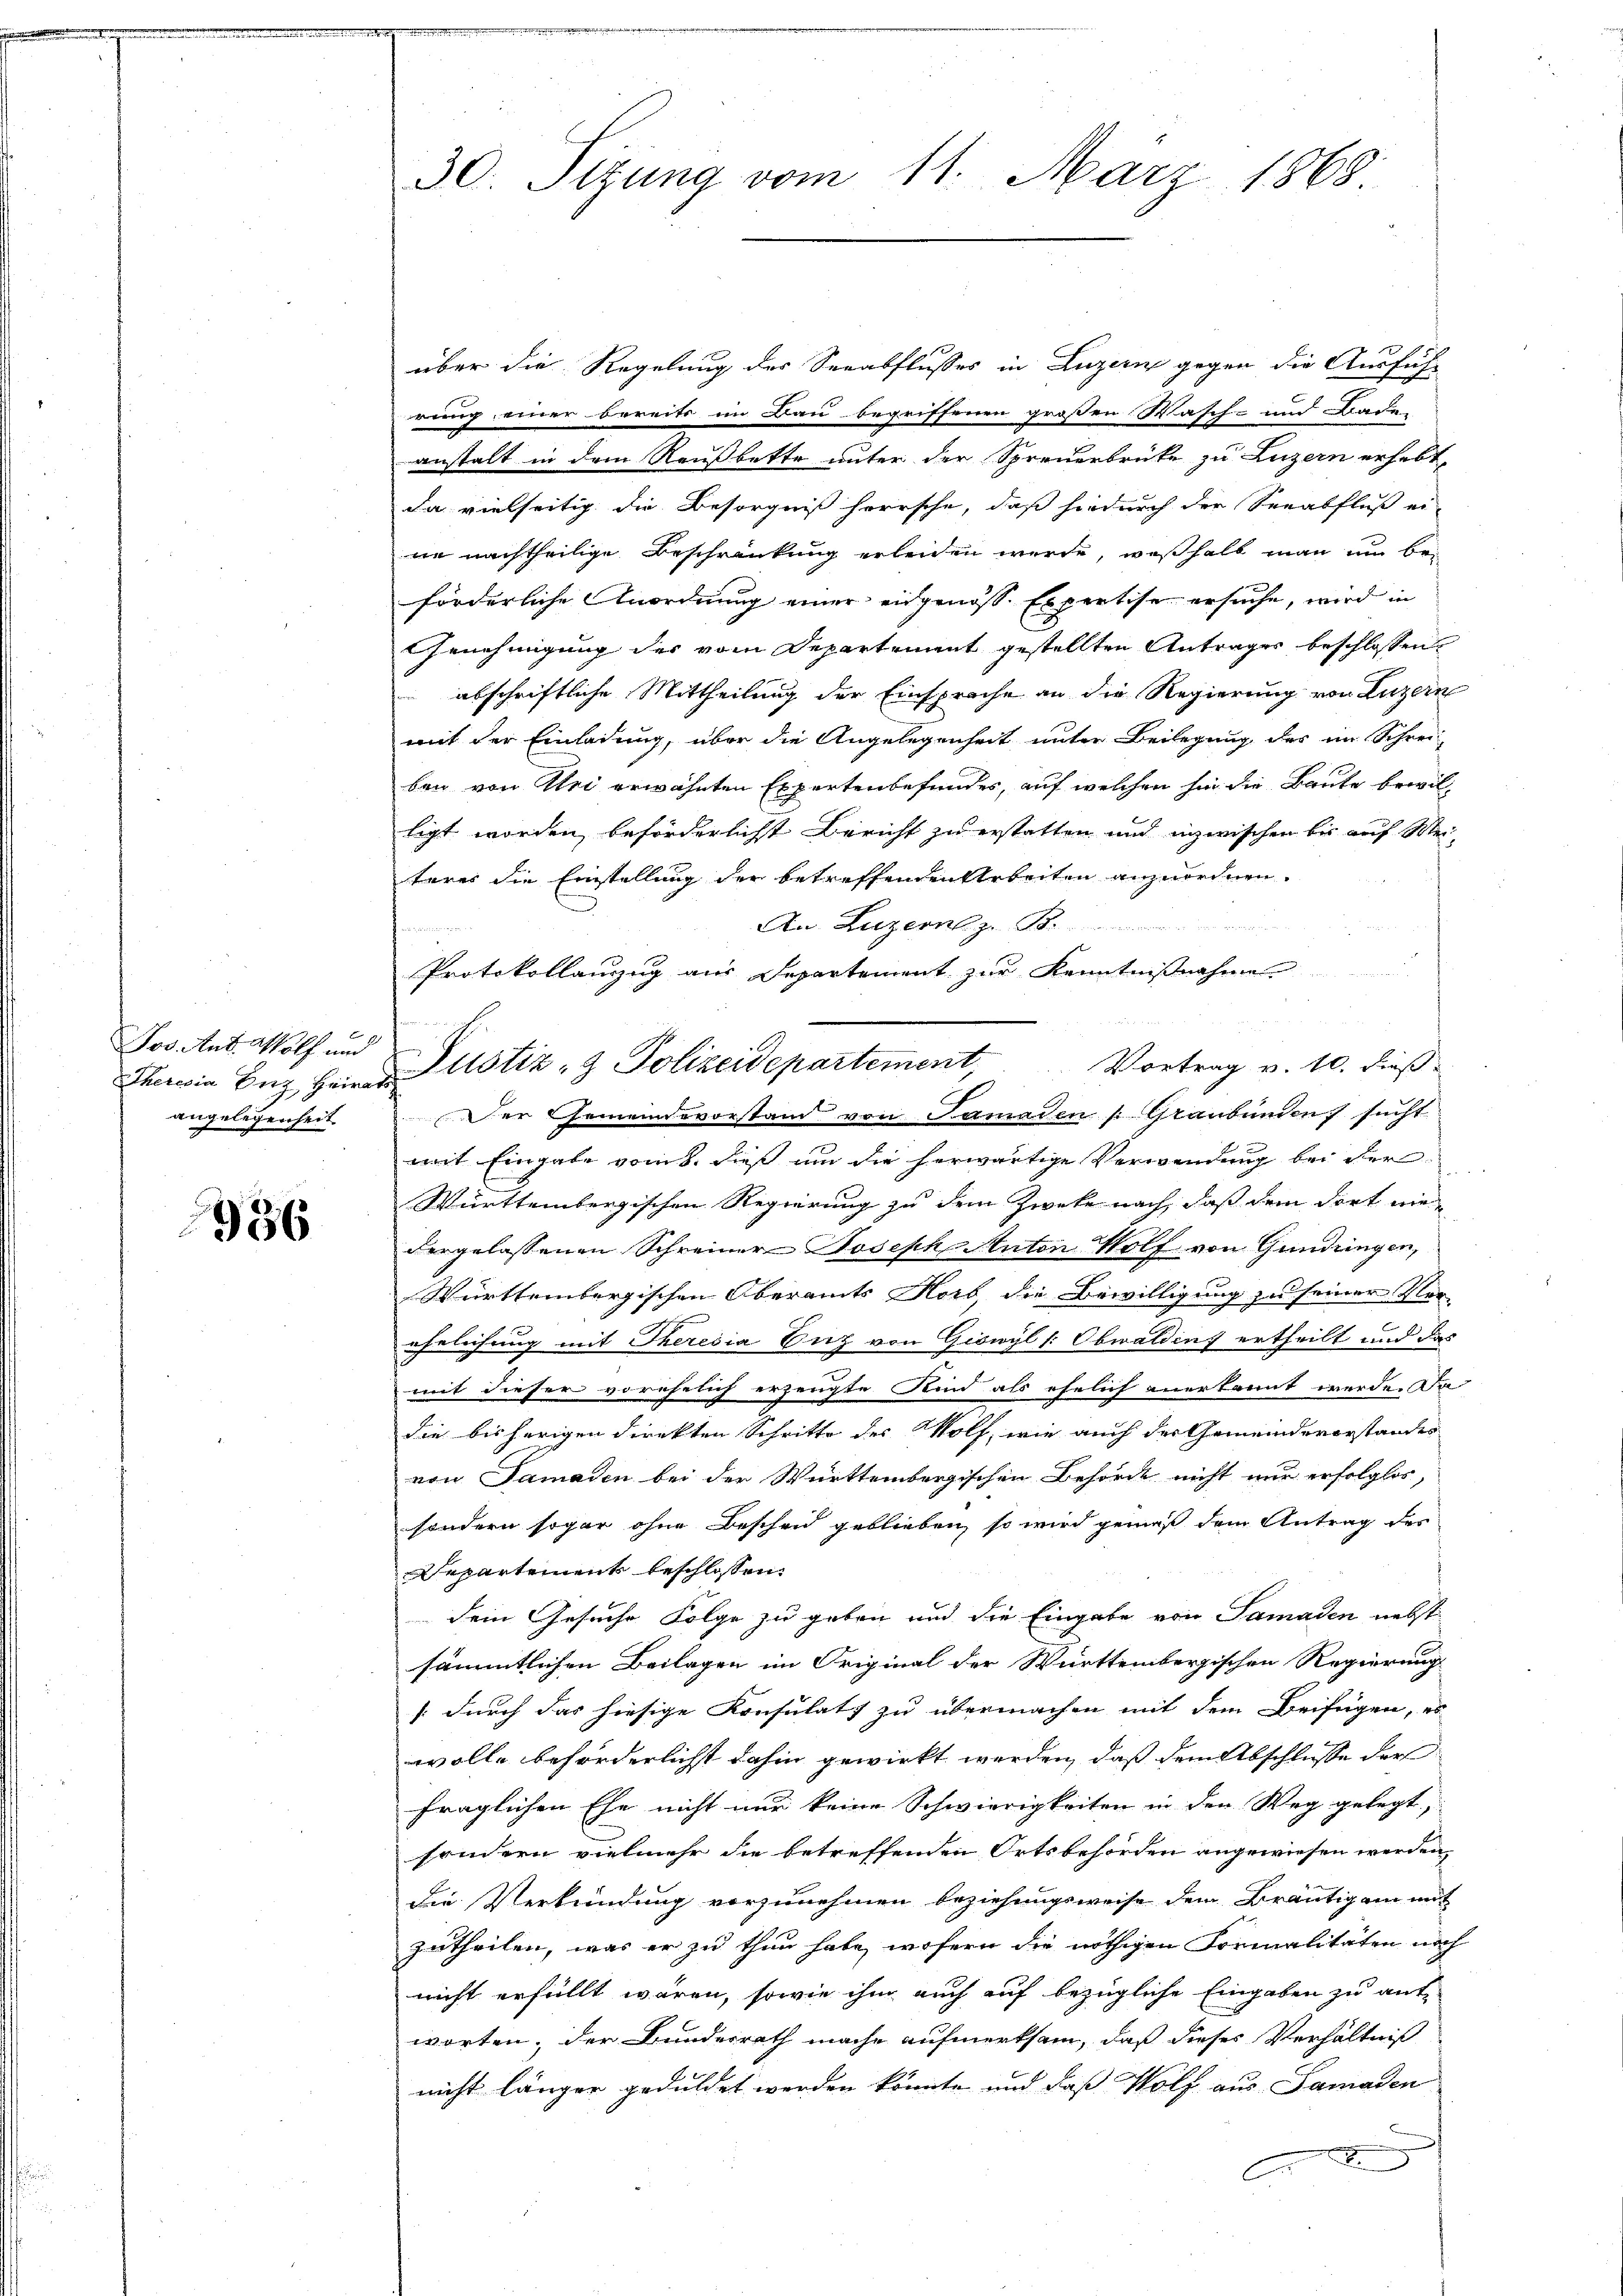
6
Jos. Ant. Wolf und
angelegenheit

936

über die Regelung der Seeabflusses in Luzern gegen die Ausfüh-
reng einer bereits im Bau begriffenen großen Wasch- und Bade
anstalt in dem Reußbette unter der Spreuerbrüke zu Luzern erhebt,
da vielseitig die Besorgniß herrsche, daß hiedurch der Seeabfluß ei
ne nachtheilige Beschränkung erleiden werde, weßhalb man um beförderliche nordnung einer eidgenosse Expertise ersuche, wird in
Genehmigung der vom Departement gestellten Anträger beschlossen:
abschriftliche Mittheilung der Einsprache an die Regierung von Luzern
mit der Einladung, über die Angelegenheit unter Beilegung des im Schreiben von Uri erwähnten Expertenbefundes, auf welchen sie die Baute bewilligt worden, beförderlichst Bericht zu erstatten und inzwischen bis auf Rei-
teres die Einstellung der betreffenden Arbeiten anzuordnen.
An Luzern zu St.
Protokollanzug aus Departement zur Kenntnißnahme
Vortrag v. 10. dieß
Der Gemeindevorstand von Samaden Graubünden sucht
mit Eingabe vom 8. dieß um die herwärtige Verwendung bei der
Württembergischen Regierung zu dem Zweke nach, daß dem dort we
dergelassenen Schreiner Joseph Anton Wolf von Gündungen,
Württembergischen Oberamts Horb, die Bewilligung zu seiner Vor-
ehelichung mit Theresia Euz von Giswyl v. Obwalding ertheilt und das
mit dieser vorehelich erzeugte Kind als ehelich anerkannt werde. Da
die bisherigen Direkten Schritte des Wolf, wie auch der Gemeindeverstandes
von Samaden bei der Württembergischen Behörde nicht nur erfolglos,
sondern sogar ohne Bescheid geblieben, so wird gemäß dem Antrag des
Departement beschlossen:
dein Gesuche Folge zu geben und die Eingabe von Samaden nebst
sämmtlichen Beilagen im Original der Württembergischen Regierung
(durch das hiesige Konsulats zu übermachen mit dem Beifügen, es
wolle beförderlichst dahin gewirkt werden, daß dem Abschlüsse der
fraglichen Ehe nicht nur keine Schwierigkeiten in den Weg gelegt,
sondern vielmehr die betreffenden Ortsbehörden angewiesen werden,
die Verkündung vorzunehmen beziehungsweise dem Bräutigam mit
zutheilen, was er zu thun habe, wofern die nöthigen Formalitäten nach
nicht erfüllt waren, sowie ihm auch auf bezügliche Eingaben zu ant-
worten, der Bundesrath mache aufmerksam, daß dieses Verhältniß
nicht länger geduldet werden könnte und das Wolf aus Samaden

30. Sitzung vom 11. März 1868

Therein Enz Herren Zustiz- & Polizeidepartement,